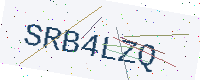
Text: SRB4LZQ